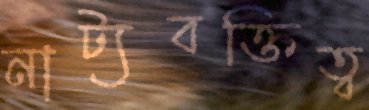
নাট্যবক্তিত্ব